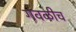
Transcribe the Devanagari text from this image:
गवळीच